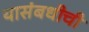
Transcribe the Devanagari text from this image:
यासंबधीची